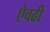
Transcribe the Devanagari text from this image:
ऐवढी